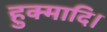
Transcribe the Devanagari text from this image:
हुक्मादि।